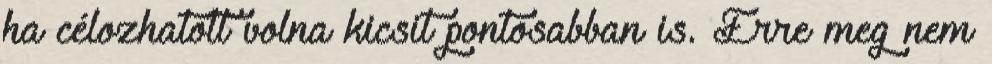
ha célozhatott volna kicsit pontosabban is. Erre meg nem